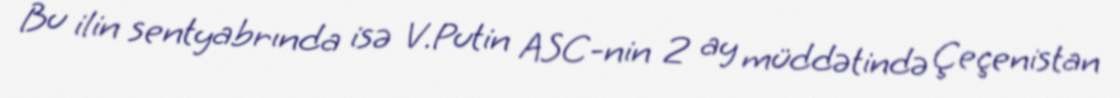
Bu ilin sentyabrında isə V.Putin ASC-nin 2 ay müddətində Çeçenistan